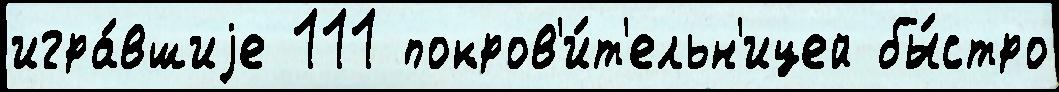
игра́вшиjе 111 покров'и́т'ельн'ицей бы́стро